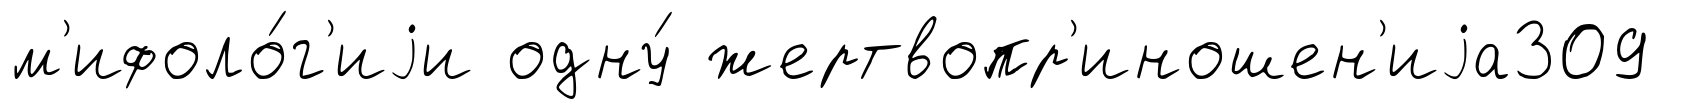
м'ифоло́г'иjи одну́ жертвопр'иношен'иjа309